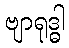
ဗျာရုဒ္ဓါ